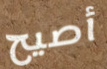
أصيح